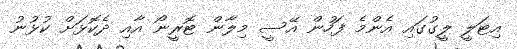
އިޓަލީ ލީގުގައި އެންމެ ފަހުން އޭސީ މިލާން ޓޮރީނޯ އާއި ދެކޮޅަށް ކުޅުނު